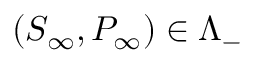
( S _ { \infty } , P _ { \infty } ) \in \Lambda _ { - }